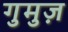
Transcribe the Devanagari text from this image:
गुमुज़